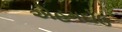
એહમદોઉ